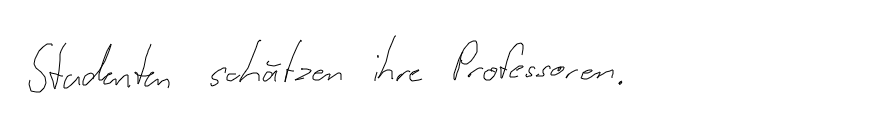
Studenten schätzen ihre Professoren.